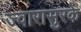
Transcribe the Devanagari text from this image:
ज्वारासुरके